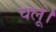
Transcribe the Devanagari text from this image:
चलूं।